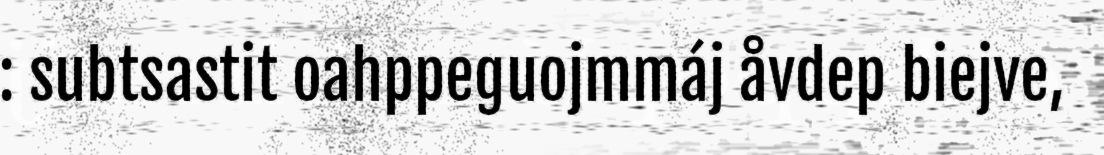
: subtsastit oahppeguojmmáj åvdep biejve,